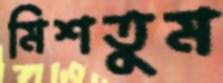
মিশতুম